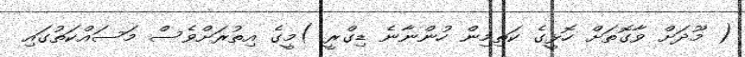
( މޫދަށް ވާގޮތަށް ހޮޅީގެ ކަތިމިން ހުންނާނެ ޑިގްރީ )މީގެ އިތުރަށްވެސް މަސައްކަތުގައި